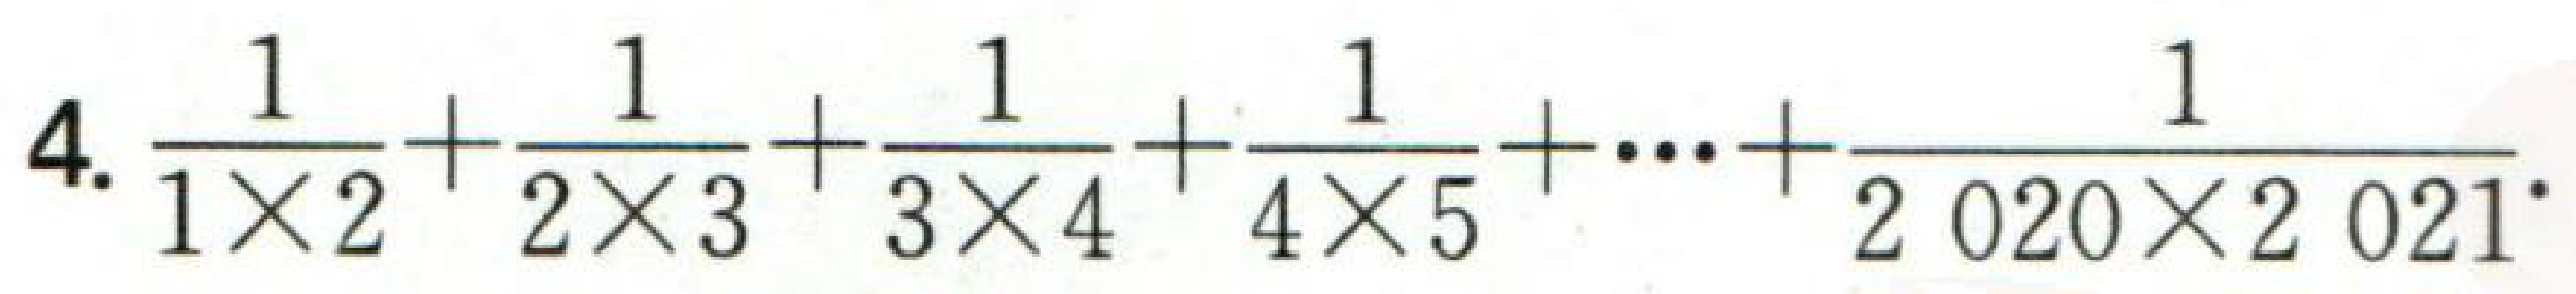
4. $\frac{1}{1\times2}+\frac{1}{2\times3}+\frac{1}{3\times4}+\frac{1}{4\times5}+\cdots+\frac{1}{2\,020\times2\,021}$.